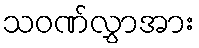
သဝဏ်လွှာအား